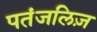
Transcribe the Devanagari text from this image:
पतंजलिज़